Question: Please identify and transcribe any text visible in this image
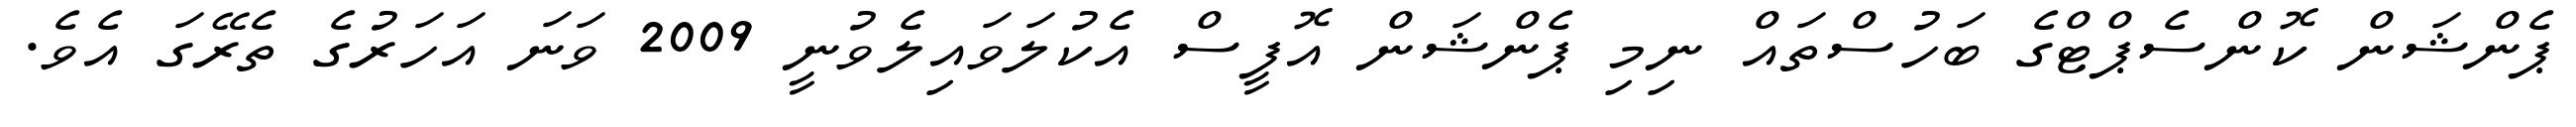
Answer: ޕެންޝަން ކޮންސެޕްޓްގެ ބަހުސްތައް ނިމި ޕެންޝަން އޮފީސް އެކުލަވައިލެވުނީ 2009 ވަނަ އަހަރުގެ ތެރޭގަ އެވެ.